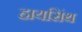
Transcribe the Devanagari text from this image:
हायसिंथ